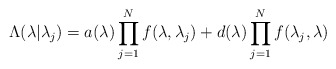
\begin{align*} \Lambda(\lambda|{\lambda_j}) = a(\lambda) \prod_{j=1}^N f(\lambda,\lambda_j) + d(\lambda) \prod_{j=1}^N f(\lambda_j,\lambda)\end{align*}